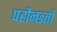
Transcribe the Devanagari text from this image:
पहौन्छ्ती